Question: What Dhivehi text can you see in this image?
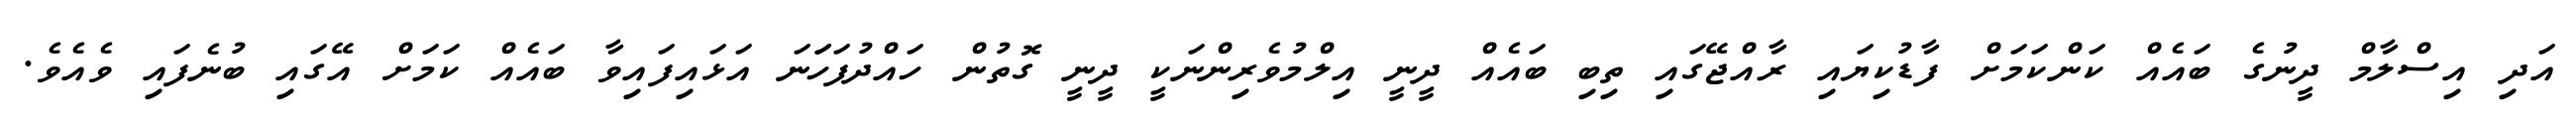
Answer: އަދި އިސްލާމް ދީނުގެ ބައެއް ކަންކަމަށް ފާޑުކިޔައި ރާއްޖޭގައި ތިބި ބައެއް ދީނީ އިލްމުވެރިންނަކީ ދީނީ ގޮތުން ހައްދުފަހަަނަ އަޅައިފައިވާ ބައެއް ކަމަށް އޭގައި ބުނެފައި ވެއެވެ.